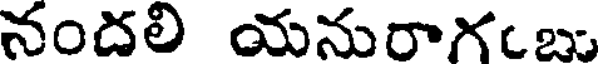
నందలి యనురాగంబు